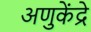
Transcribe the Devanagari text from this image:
अणुकेंद्रे